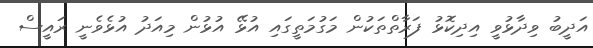
އަދީބު ވިދާޅުވީ އިދިކޮޅު ފަރާތްތަކުން މަގުމަތީގައި އުޅޭ އުޅުން މިއަދު އުޅެވެނީ ރައީސް